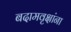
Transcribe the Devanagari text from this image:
बदामवृक्षांना